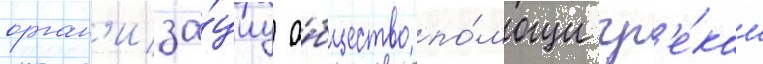
орган'иза́циу о́бщество по́мощи гр'е́кам